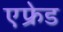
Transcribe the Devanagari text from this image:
एफ्रेड